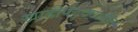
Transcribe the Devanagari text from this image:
खाडीपट्ट्यातील